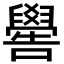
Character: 嚳